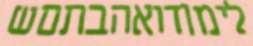
לימודואהבתםש